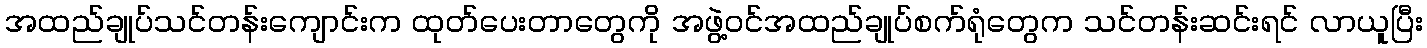
အထည်ချုပ်သင်တန်းကျောင်းက ထုတ်ပေးတာတွေကို အဖွဲ့ဝင်အထည်ချုပ်စက်ရုံတွေက သင်တန်းဆင်းရင် လာယူပြီး